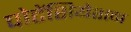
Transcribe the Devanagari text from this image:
पोटेंशियेशन